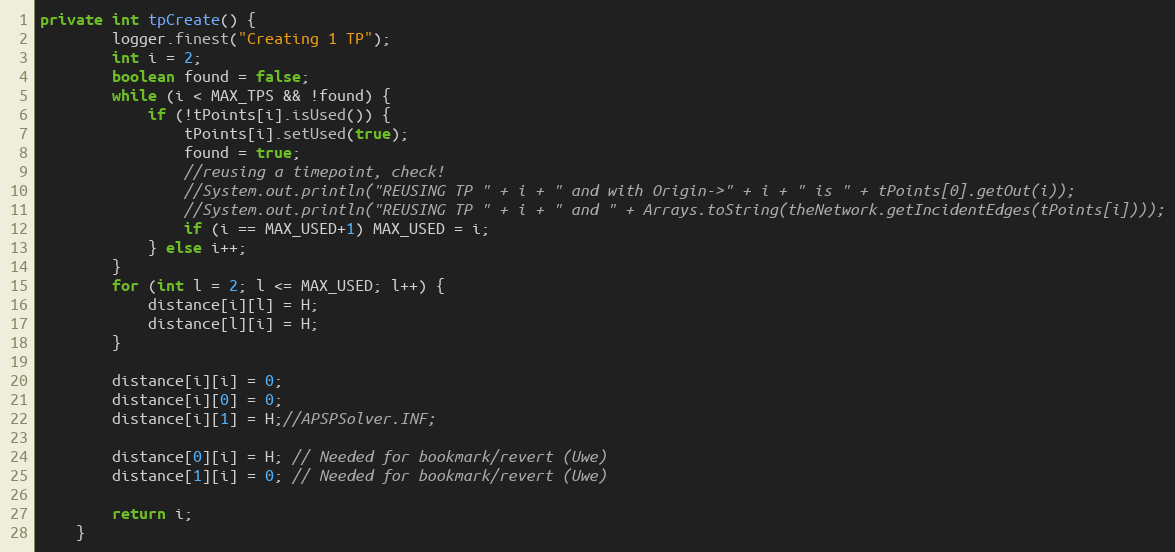
Language: Java
private int tpCreate() {
		logger.finest("Creating 1 TP");
		int i = 2;
		boolean found = false;
		while (i < MAX_TPS && !found) {
			if (!tPoints[i].isUsed()) {
				tPoints[i].setUsed(true);
				found = true;
				//reusing a timepoint, check!
				//System.out.println("REUSING TP " + i + " and with Origin->" + i + " is " + tPoints[0].getOut(i));
				//System.out.println("REUSING TP " + i + " and " + Arrays.toString(theNetwork.getIncidentEdges(tPoints[i])));
				if (i == MAX_USED+1) MAX_USED = i;
			} else i++;
		}
		for (int l = 2; l <= MAX_USED; l++) {
			distance[i][l] = H;
			distance[l][i] = H;
		}

		distance[i][i] = 0;
		distance[i][0] = 0;
		distance[i][1] = H;//APSPSolver.INF;

		distance[0][i] = H; // Needed for bookmark/revert (Uwe)
		distance[1][i] = 0; // Needed for bookmark/revert (Uwe)

		return i;
	}